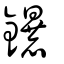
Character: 鑤